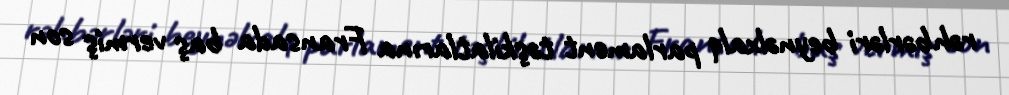
rəhbərləri beynəlxalq parlament təşkilatlarına Fransada baş vermiş son